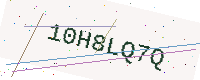
Text: 10H8LQ7Q